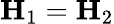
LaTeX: \mathbf{H}_{1}=\mathbf{H}_{2}